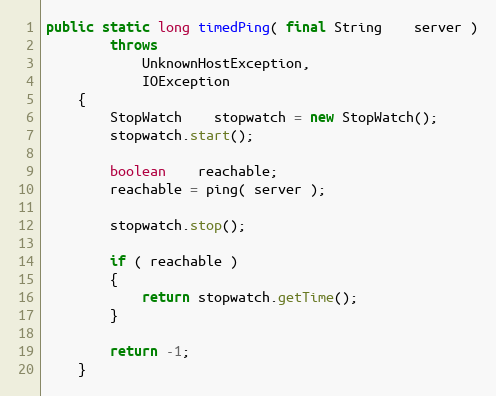
Language: Java
public static long timedPing( final String    server )
        throws
            UnknownHostException,
            IOException
    {
        StopWatch    stopwatch = new StopWatch();
        stopwatch.start();

        boolean    reachable;
        reachable = ping( server );

        stopwatch.stop();

        if ( reachable )
        {
            return stopwatch.getTime();
        }

        return -1;
    }